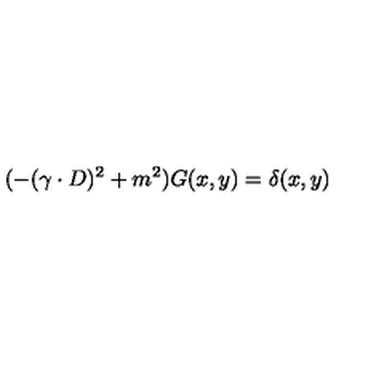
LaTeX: ( - ( \gamma \cdot D ) ^ { 2 } + m ^ { 2 } ) G ( x , y ) = \delta ( x , y )